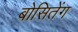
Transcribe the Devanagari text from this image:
बोसितेंग